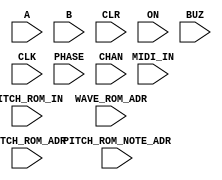
// Copyright (C) 2018  Intel Corporation. All rights reserved.
// Your use of Intel Corporation's design tools, logic functions 
// and other software and tools, and its AMPP partner logic 
// functions, and any output files from any of the foregoing 
// (including device programming or simulation files), and any 
// associated documentation or information are expressly subject 
// to the terms and conditions of the Intel Program License 
// Subscription Agreement, the Intel Quartus Prime License Agreement,
// the Intel FPGA IP License Agreement, or other applicable license
// agreement, including, without limitation, that your use is for
// the sole purpose of programming logic devices manufactured by
// Intel and sold by Intel or its authorized distributors.  Please
// refer to the applicable agreement for further details.

module ML
(
// {ALTERA_ARGS_BEGIN} DO NOT REMOVE THIS LINE!

	A,
	B,
	CLR,
	ON,
	BUZ,
	CLK,
	MIDI_IN,
	PITCH_ROM_IN,
	PITCH_ROM_ADR,
	PHASE,
	WAVE_ROM_ADR,
	PITCH_ROM_NOTE_ADR,
	CHAN
// {ALTERA_ARGS_END} DO NOT REMOVE THIS LINE!

);

// {ALTERA_IO_BEGIN} DO NOT REMOVE THIS LINE!
input	[7:0]	A;
input	[7:0]	B;
input			CLR;
input			ON;
input			BUZ;
input			CLK;
input			MIDI_IN;
input	[0:7]	PITCH_ROM_IN;
input	[0:1]	PITCH_ROM_ADR;
input	[0:7]	PHASE;
input	[0:7]	WAVE_ROM_ADR;
input	[0:6]	PITCH_ROM_NOTE_ADR;
input	[0:3]	CHAN;

// {ALTERA_IO_END} DO NOT REMOVE THIS LINE!
// {ALTERA_MODULE_BEGIN} DO NOT REMOVE THIS LINE!
// {ALTERA_MODULE_END} DO NOT REMOVE THIS LINE!
endmodule